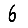
Digit: 6